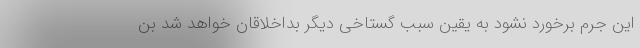
این جرم برخورد نشود به یقین سبب گستاخی دیگر بداخلاقان خواهد شد بن